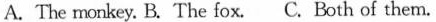
A. The rmonkey. B.The fox. C. Both of them.